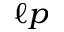
_ { \ell p }